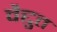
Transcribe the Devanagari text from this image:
वैद्दुत